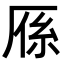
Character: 𭆈